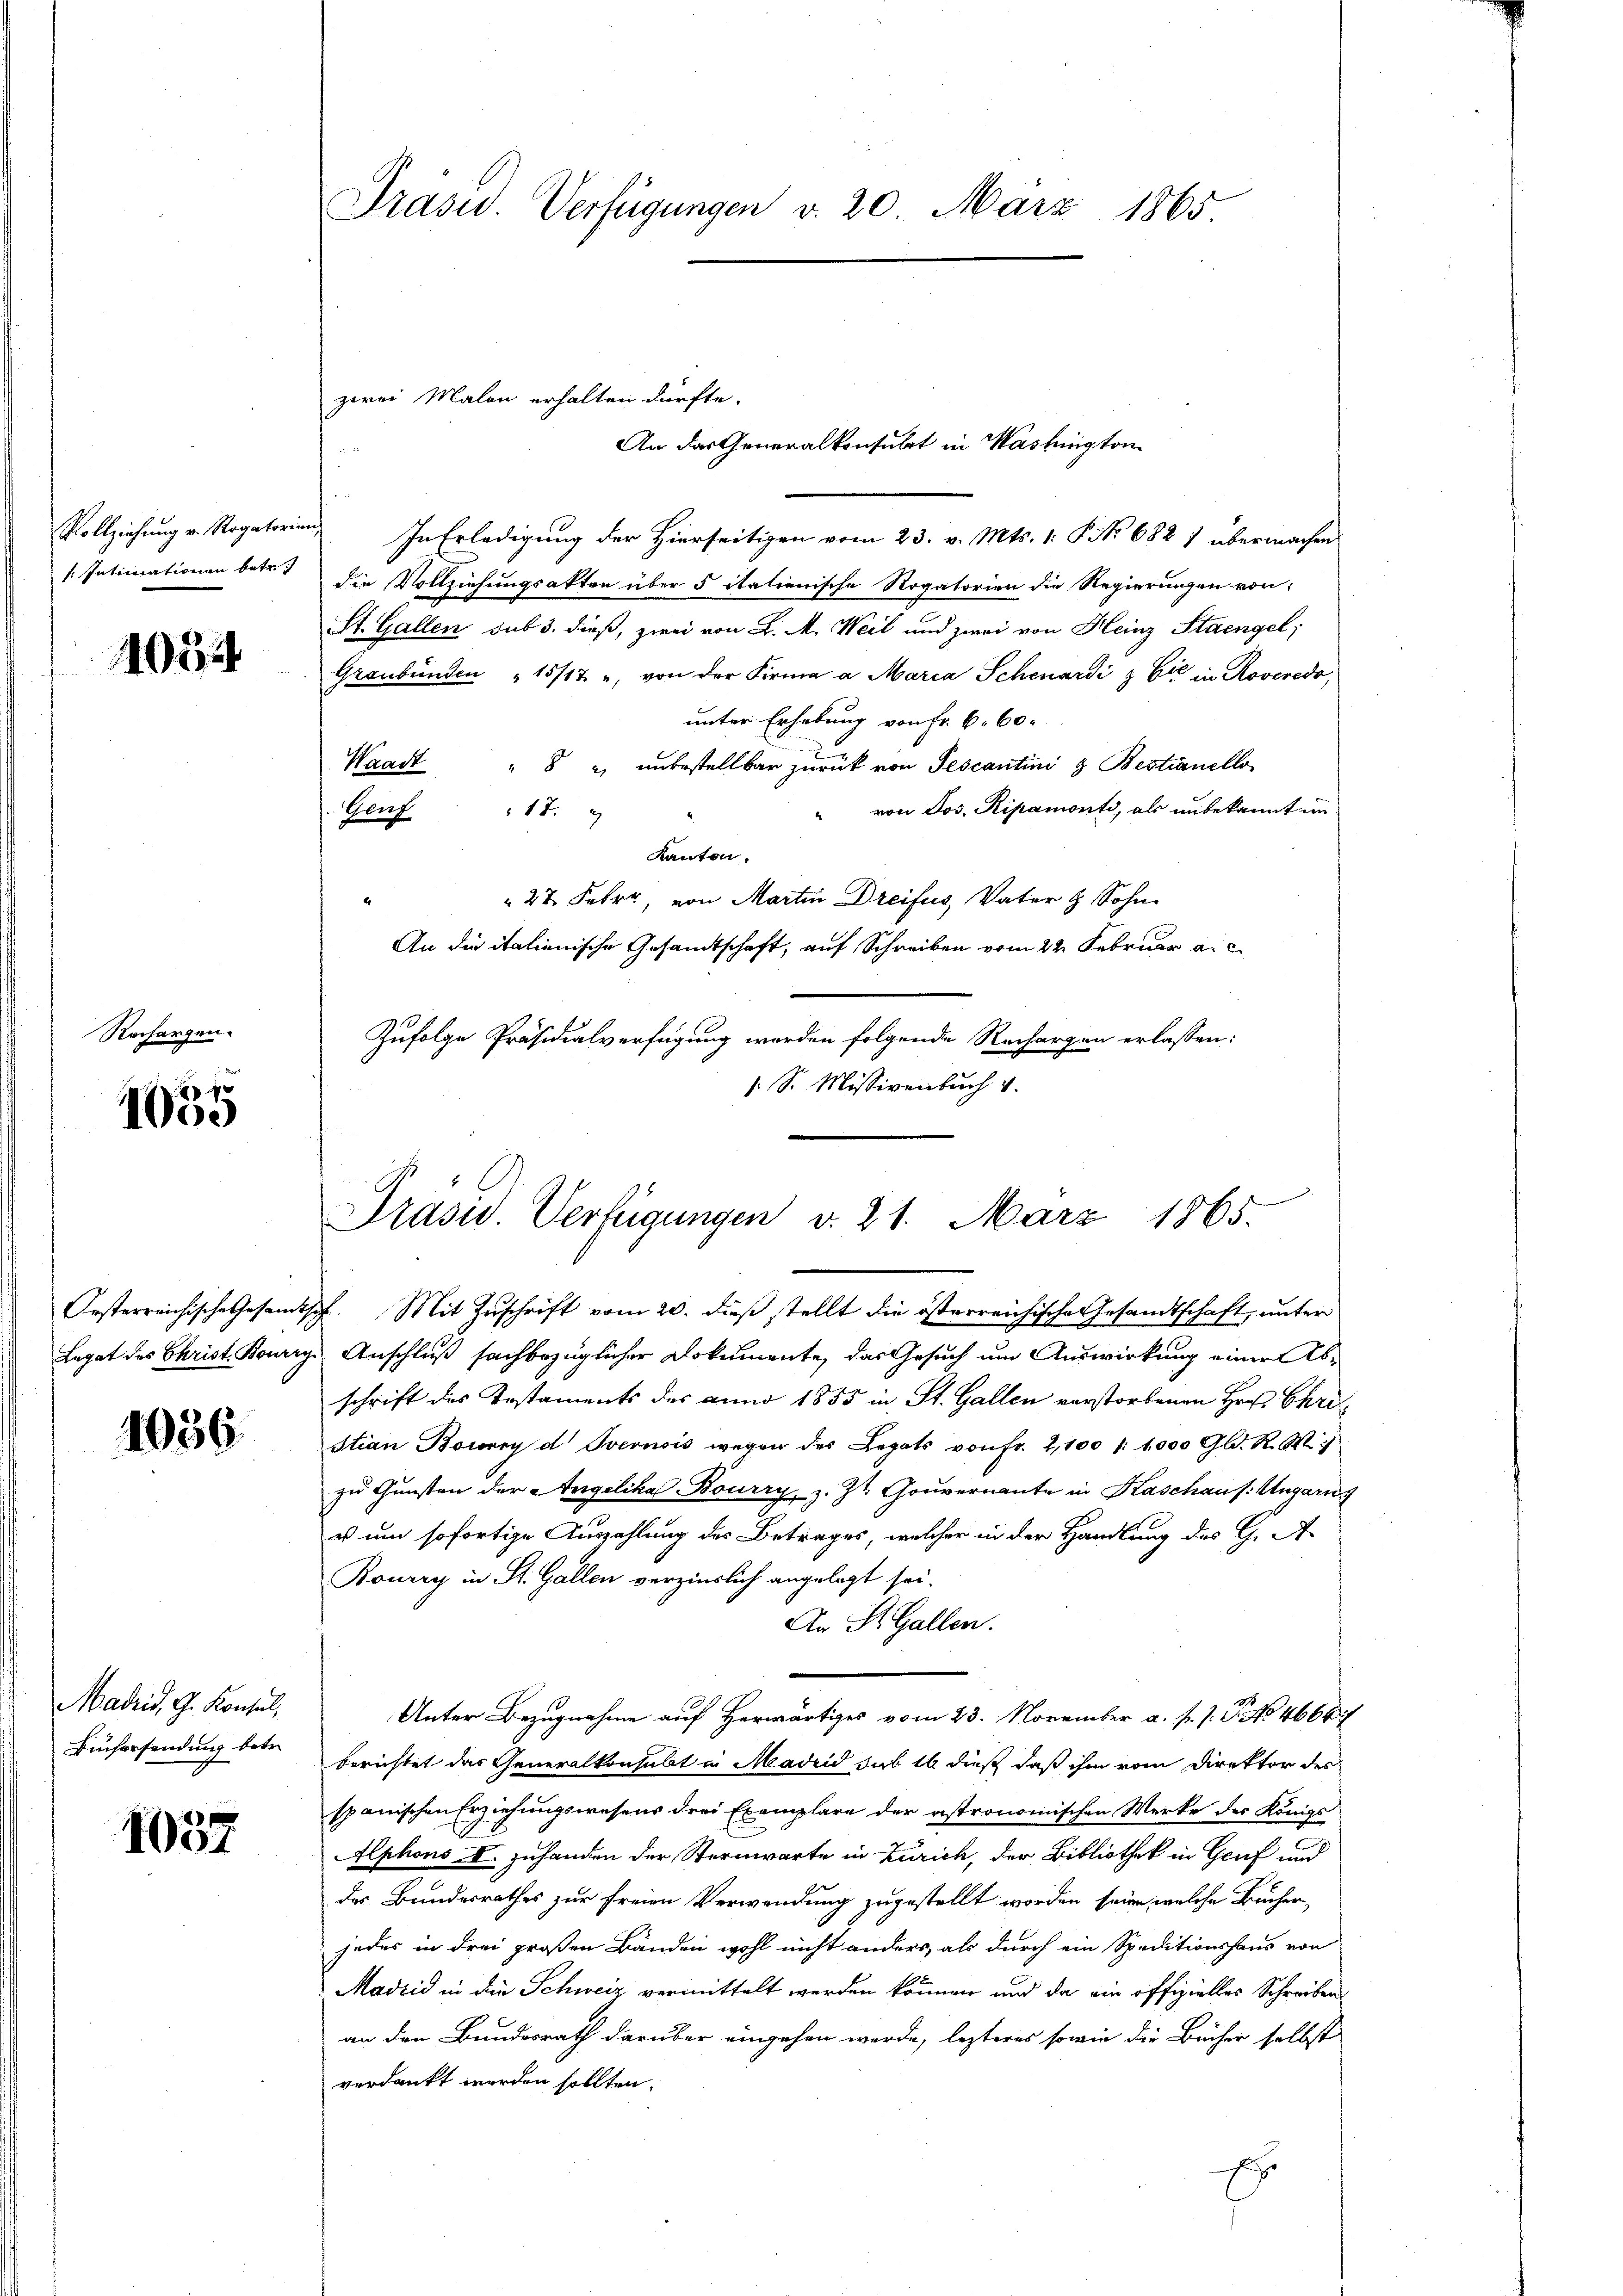
Vollziehung v. Rogatorien
/: Intimationen betr.

1054

Racharzen.

70
1000

1036.

Madrid, G. Konsul,
Büchersendung betr.

1057

Präsid. Verfügungen d. 20. März 1865.

zwei Malen erhalten dürfte.

In Erledigung der Hierseitigen vom 23. v. Mts. 1. P No 682 7 übermachen
die Vollziehungsakten über 5 italienische Rogatorien die Regierungen von:
St. Gallen sub 3. dieß, zwei von L. M. Weil und zwei von Heinz Staengel,
Graubünden " 15/12 u. von der Firma a Maria Schenardi & Cie in Roveredo,
unter Erhebung von Fr. 6. 60.
Waadt " 8 " unbestellbar zurück von Tescantini & Bestianello
" von Jos. Ripamonte, als unbekannt un¬
Genf 17.
Kanton.
27 Febr., von Martin Dreifus, Vater & Sohn
An die italienische Gesandtschaft, auf Schreiben vom 22. Februar a.c.
Zufolge Präsidialverfügung werden folgende Rechargen erlassen:
/. Sr. Missivenbuch v

An das Generalkonsulat in Washington

Prasid. Verfügungen d. 21. März 1865.
Oesterreichische Gesandtsch. Mit Zuschrift vom 20. dieß stellt die österreichische Gesandtschaft, unter

Legat des Christ. Bourey Anschluß sachbezüglicher Dokumente, das Gesuch um Auswirkung einer Abschrift des Testaments des anno 1855 in St. Gallen verstorbenen Hrn. Chris
stian Bouvry d Overnois wegen des Legats von fr. 2,100 /: 1000 Gld. R. Wi
zu Gunsten der Angelika Bourry, z. Zt. Gouvernante in Kaschaus. Ungarn
u um sofortige Auszahlung des Betrages, welcher in der Handlung des G. A
Bouery in St. Gallen verzinslich angelegt sei.
An St. Gallen.
Unter Bezugnahme auf Herwärtiges vom 23. November a. f. J. P. No 46647
berichtet das Generalkonsubt in Madrid sub 16 dieß daß ihm vom Direktor des
spanischen Erziehungswesens drei Exemplare der astronomischen Werke des Königs
Alphons II. zuhanden der Sternwarte in Zürich, der Bibliothek in Gruf und
des Bundesrathes zur freien Verwendung zugestellt worden seien, welche Bücher,
jedes in drei großen Bänden wohl nicht anders, als durch ein Speditionshaus von
Madrid in die Schweiz vermittelt werden können und da ein offizielles Schreiben
an den Bundesrath darüber eingehen werde, lezteres sowie die Bücher selbst
verdankt werden sollten.
r